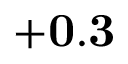
{ \bf + 0 . 3 }